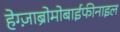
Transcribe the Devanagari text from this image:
हेग्ज़ाब्रोमोबाईफीनाइल